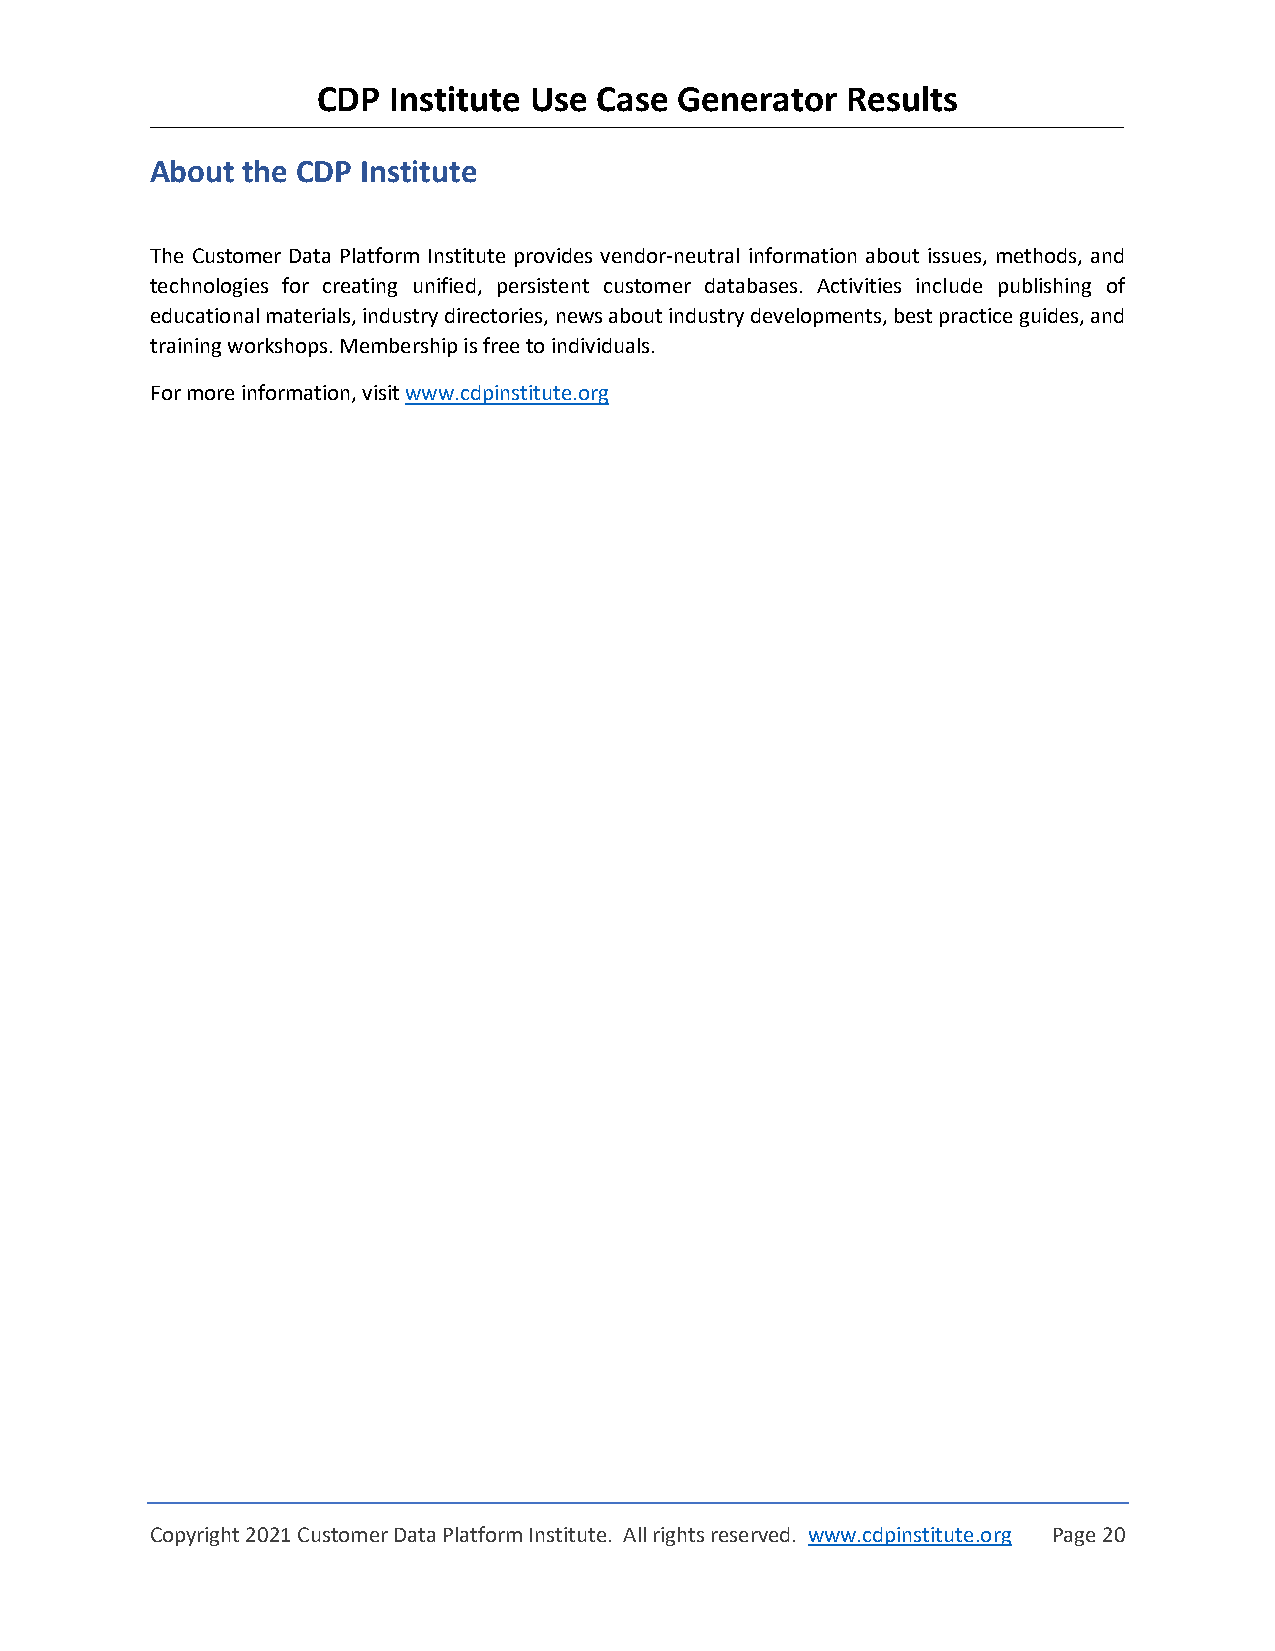
CDP  Institute Use Case Generator  Results
 About the CDP Institute
 The Customer Data Platform Institute provides vendor-neutral information about issues, methods, and
 technologies for creating unified, persistent customer databases. Activities include publishing of
 educational materials, industry directories, news about industry developments, best practice guides, and
 training workshops. Membership is free to individuals.
 For more information, visit www.cdpinstitute.org
 Copyright 2021 Customer Data Platform Institute. All rights reserved. www.cdpinstitute.org Page 20